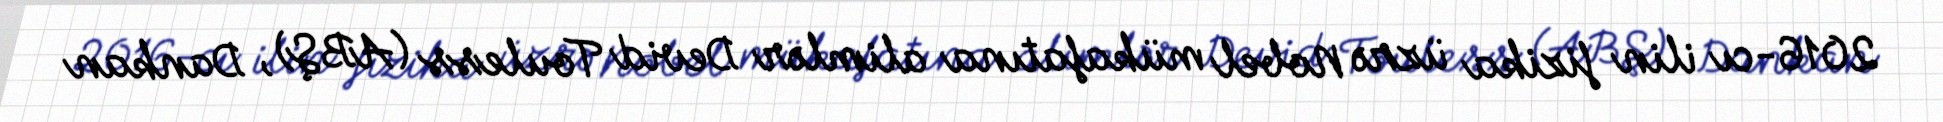
2016-cı ilin fizika üzrə Nobel mükafatına alimlər Devid Touless (ABŞ), Dankan